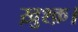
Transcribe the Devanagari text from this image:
ख़ुश्क़।